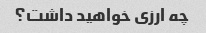
چه ارزی خواهید داشت؟